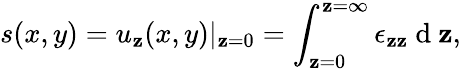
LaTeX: s(x,y)=u_{\mathbf{z}}(x,y)|_{\mathbf{z}=0}=\int_{\mathbf{z}=0}^{\mathbf{z}=\infty}\epsilon_{\mathbf{z}\mathbf{z}}\mathrm{{~d~}}\mathbf{z},